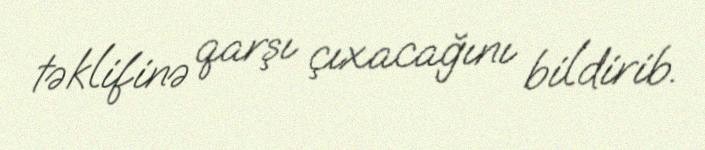
təklifinə qarşı çıxacağını bildirib.